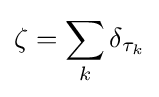
\zeta =\sum _{k}\delta _{\tau _{k}}